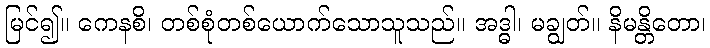
မြင်၍။ ကေနစိ၊ တစ်စုံတစ်ယောက်သောသူသည်။ အဒ္ဓါ၊ မချွတ်။ နိမန္တိတော၊